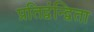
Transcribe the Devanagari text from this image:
प्रतिद्वंन्द्विता